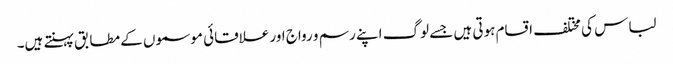
لباس کی مختلف اقسام ہوتی ہیں جسے لوگ اپنے رسم و رواج اور علاقائی موسموں کے مطابق پہنتے ہیں۔